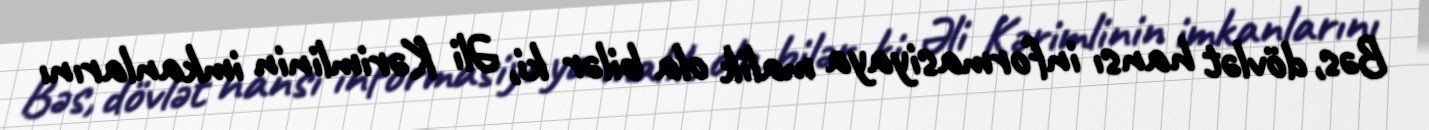
Bəs, dövlət hansı informasiyaya malik ola bilər ki, Əli Kərimlinin imkanlarını